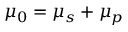
\mu _ { 0 } = \mu _ { s } + \mu _ { p }